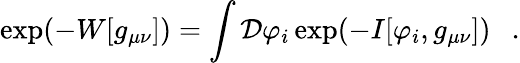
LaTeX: \exp(-W[g_{\mu\nu}])=\int{\cal D}\varphi_{i}\exp(-I[\varphi_{i},g_{\mu\nu}])~~~.